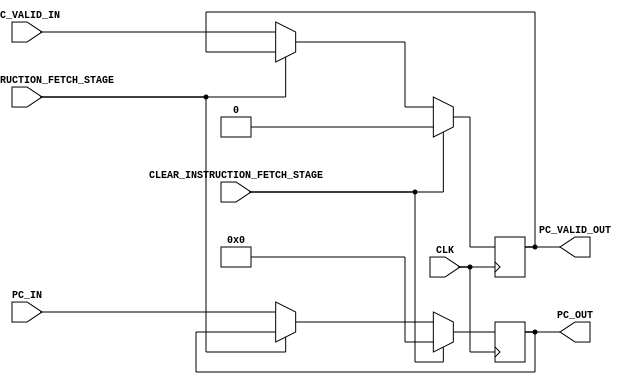
`timescale 1ns / 1ps
//////////////////////////////////////////////////////////////////////////////////
// Company: 
// 
// Design Name: 
// Module Name:     INSTRUCTION_FETCH_STAGE
// Project Name:    RISC-V
// Target Devices: 
// Tool Versions: 
// Description: 
// 
// Dependencies: 
// 
// Revision:
// Revision 0.01 - File Created
// Additional Comments:
// 
//////////////////////////////////////////////////////////////////////////////////


module INSTRUCTION_FETCH_STAGE #(
        parameter   ADDRESS_WIDTH           = 32                            ,
        
        parameter   HIGH                    = 1'b1                          ,
        parameter   LOW                     = 1'b0
    ) (
        input                               CLK                             ,
        input                               STALL_INSTRUCTION_FETCH_STAGE   ,
        input                               CLEAR_INSTRUCTION_FETCH_STAGE   ,
        input   [ADDRESS_WIDTH - 1  : 0]    PC_IN                           ,
        input                               PC_VALID_IN                     ,
        output  [ADDRESS_WIDTH - 1  : 0]    PC_OUT                          ,
        output                              PC_VALID_OUT     
    );
    
    reg     [ADDRESS_WIDTH - 1  : 0]    pc_reg                              ;
    reg                                 pc_valid_reg                        ;
    
    always@(posedge CLK) 
    begin
        if(CLEAR_INSTRUCTION_FETCH_STAGE == LOW)
        begin
            if(STALL_INSTRUCTION_FETCH_STAGE == LOW) 
            begin
                pc_reg          <= PC_IN        ;
                pc_valid_reg    <= PC_VALID_IN  ;
            end
        end
        else
        begin
            pc_reg          <= 32'b0;
            pc_valid_reg    <= LOW  ;
        end
    end
    
    assign PC_OUT       = pc_reg        ;
    assign PC_VALID_OUT = pc_valid_reg  ;
    
endmodule